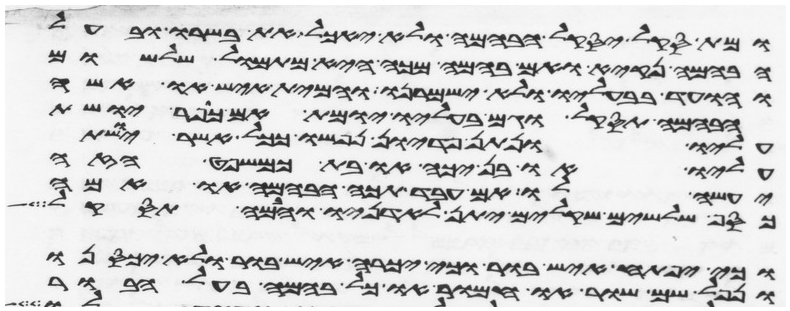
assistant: ומת סקל יסקל הבהמה ולא יאכל את בשרו ובעל
הבהמה נקיא ואם בהמה מכה היא מתמול שלשום
והועד בבעליו ולא ישמרנו והמית איש או אשה
הבהמה תסקל וגם בעליו יומת אם כופר יושת
עליו ונתן פדיון נפשו ככל אשר יושת
עליו או בן יכה או בת כמשפט הזה
יעשה לו אם עבד תכה הבהמה או אמה
כסף שלשים שקלים יתן לאדניו והבהמה תסקל
וכי יפתח איש בור או כי יכרה איש בור ולא יכסנו
ונפל שם שור או חמור או כל בהמה בעל הבור